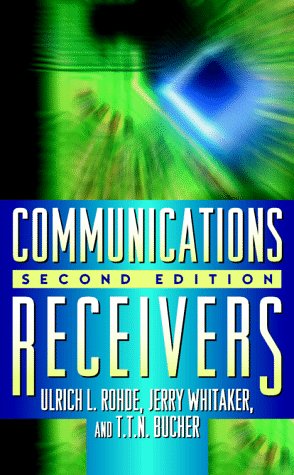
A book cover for Communications Receivers; Ulrich L. Rohde; Crafts, Hobbies & Home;